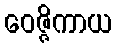
ဝေဇ္ဇိကာယ